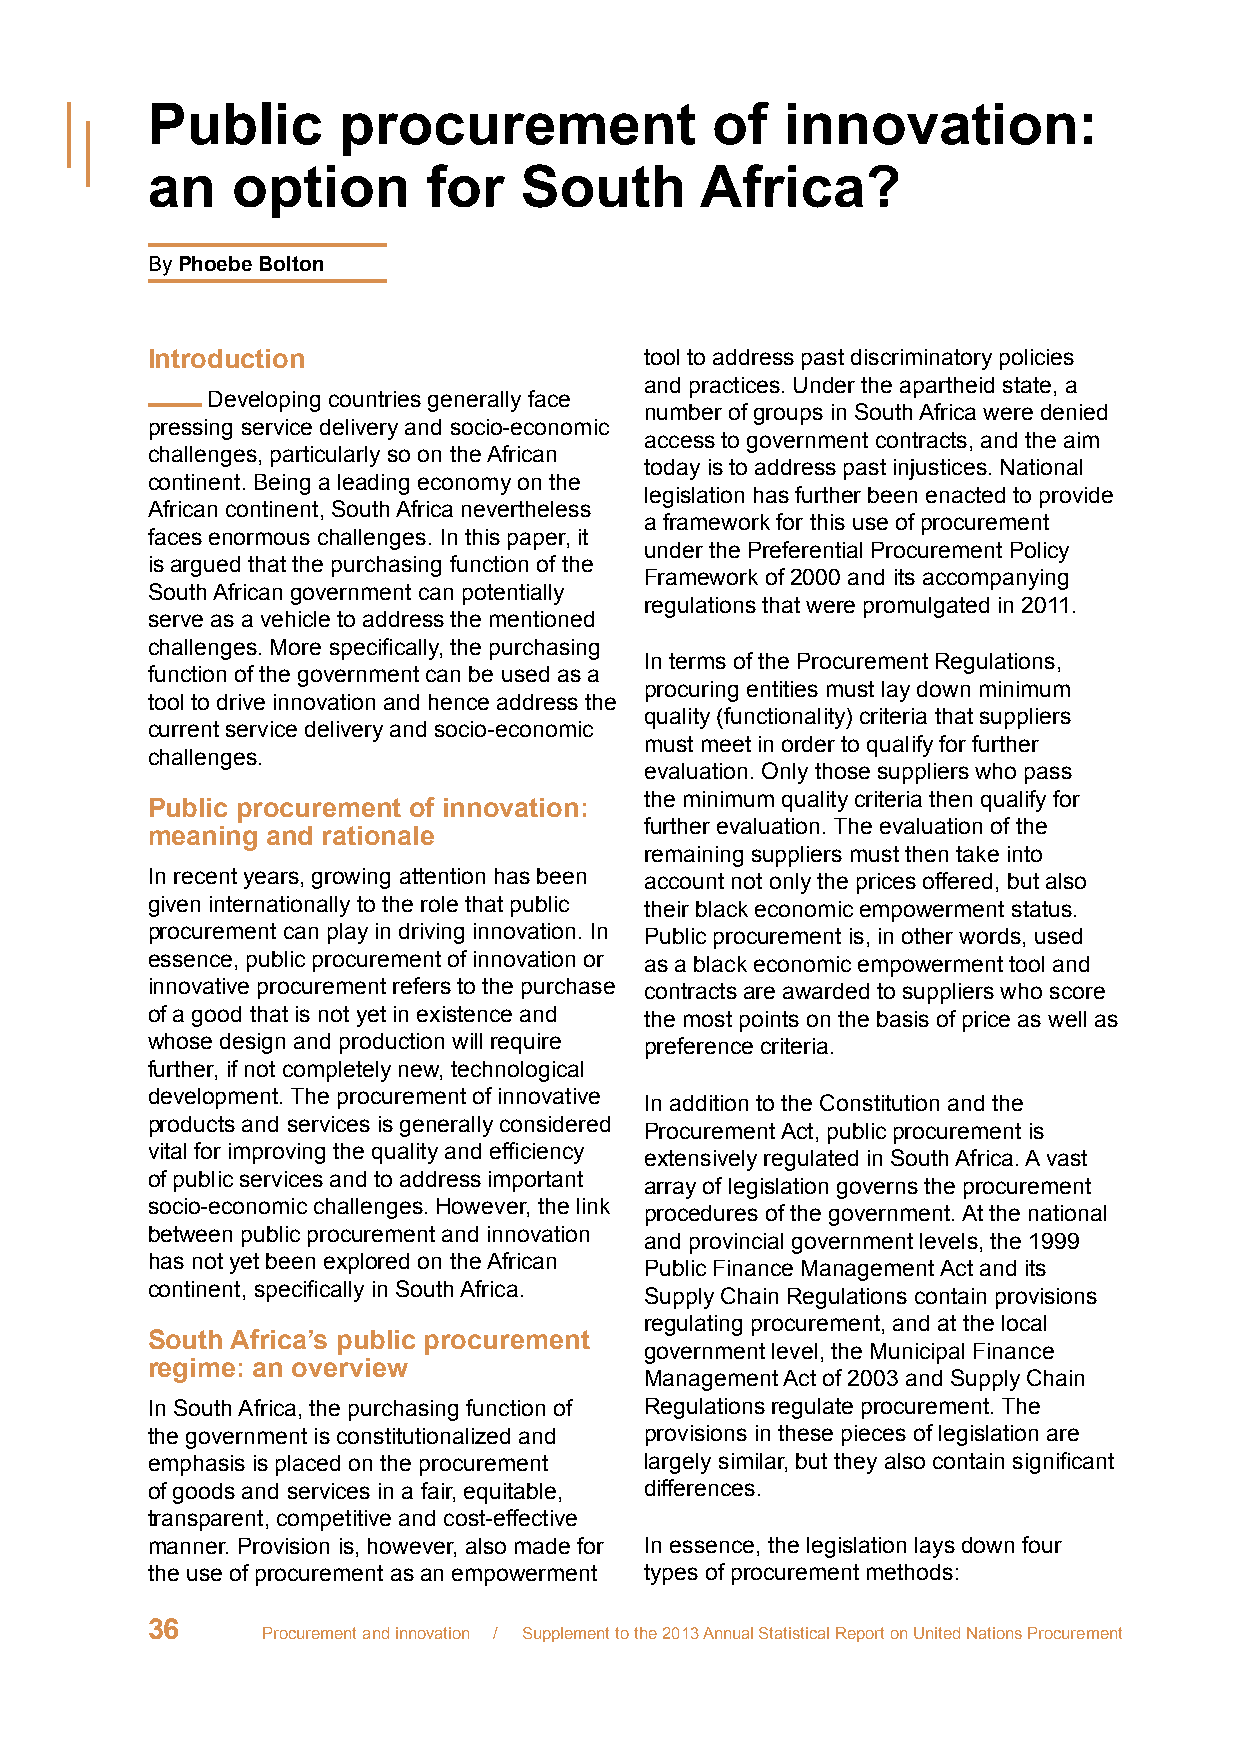
Public      procurement              of   innovation:
 an   option       for   South       Africa?
 By Phoebe Bolton
 Introduction                     tool to address past discriminatory policies
 and practices. Under the apartheid state, a
 Developing countries generally face
 number of groups in South Africa were denied
 pressing service delivery and socio-economic
 access to government contracts, and the aim
 challenges, particularly so on the African
 today is to address past injustices. National
 continent. Being a leading economy on the
 legislation has further been enacted to provide
 African continent, South Africa nevertheless
 a framework for this use of procurement
 faces enormous challenges. In this paper, it
 under the Preferential Procurement Policy
 is argued that the purchasing function of the
 Framework of 2000 and its accompanying
 South African government can potentially
 regulations that were promulgated in 2011.
 serve as a vehicle to address the mentioned
 challenges. More specifically, the purchasing
 In terms of the Procurement Regulations,
 function of the government can be used as a
 procuring entities must lay down minimum
 tool to drive innovation and hence address the
 quality (functionality) criteria that suppliers
 current service delivery and socio-economic
 must meet in order to qualify for further
 challenges.
 evaluation. Only those suppliers who pass
 the minimum quality criteria then qualify for
 Public procurement of innovation:
 further evaluation. The evaluation of the
 meaning and rationale
 remaining suppliers must then take into
 In recent years, growing attention has been account not only the prices offered, but also
 given internationally to the role that public their black economic empowerment status.
 procurement can play in driving innovation. In Public procurement is, in other words, used
 essence, public procurement of innovation or as a black economic empowerment tool and
 innovative procurement refers to the purchase contracts are awarded to suppliers who score
 of a good that is not yet in existence and the most points on the basis of price as well as
 whose design and production will require preference criteria.
 further, if not completely new, technological
 development. The procurement of innovative
 In addition to the Constitution and the
 products and services is generally considered
 Procurement Act, public procurement is
 vital for improving the quality and efficiency
 extensively regulated in South Africa. A vast
 of public services and to address important
 array of legislation governs the procurement
 socio-economic challenges. However, the link
 procedures of the government. At the national
 between public procurement and innovation
 and provincial government levels, the 1999
 has not yet been explored on the African
 Public Finance Management Act and its
 continent, specifically in South Africa.
 Supply Chain Regulations contain provisions
 regulating procurement, and at the local
 South Africa’s public procurement
 government level, the Municipal Finance
 regime: an overview
 Management Act of 2003 and Supply Chain
 In South Africa, the purchasing function of Regulations regulate procurement. The
 the government is constitutionalized and provisions in these pieces of legislation are
 emphasis is placed on the procurement largely similar, but they also contain significant
 of goods and services in a fair, equitable, differences.
 transparent, competitive and cost-effective
 manner. Provision is, however, also made for In essence, the legislation lays down four
 the use of procurement as an empowerment types of procurement methods:
 36
 Procurement and innovation / Supplement to the 2013 Annual Statistical Report on United Nations Procurement